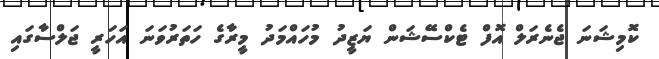
ކޮމިޝަނަ ޖެނެރަލް އޮފް ޓެކްސޭޝަން ޔަޒީދު މުހައްމަދު މީރާގެ ހަތަރުވަނަ އަހަރީ ޖަލްސާގައި